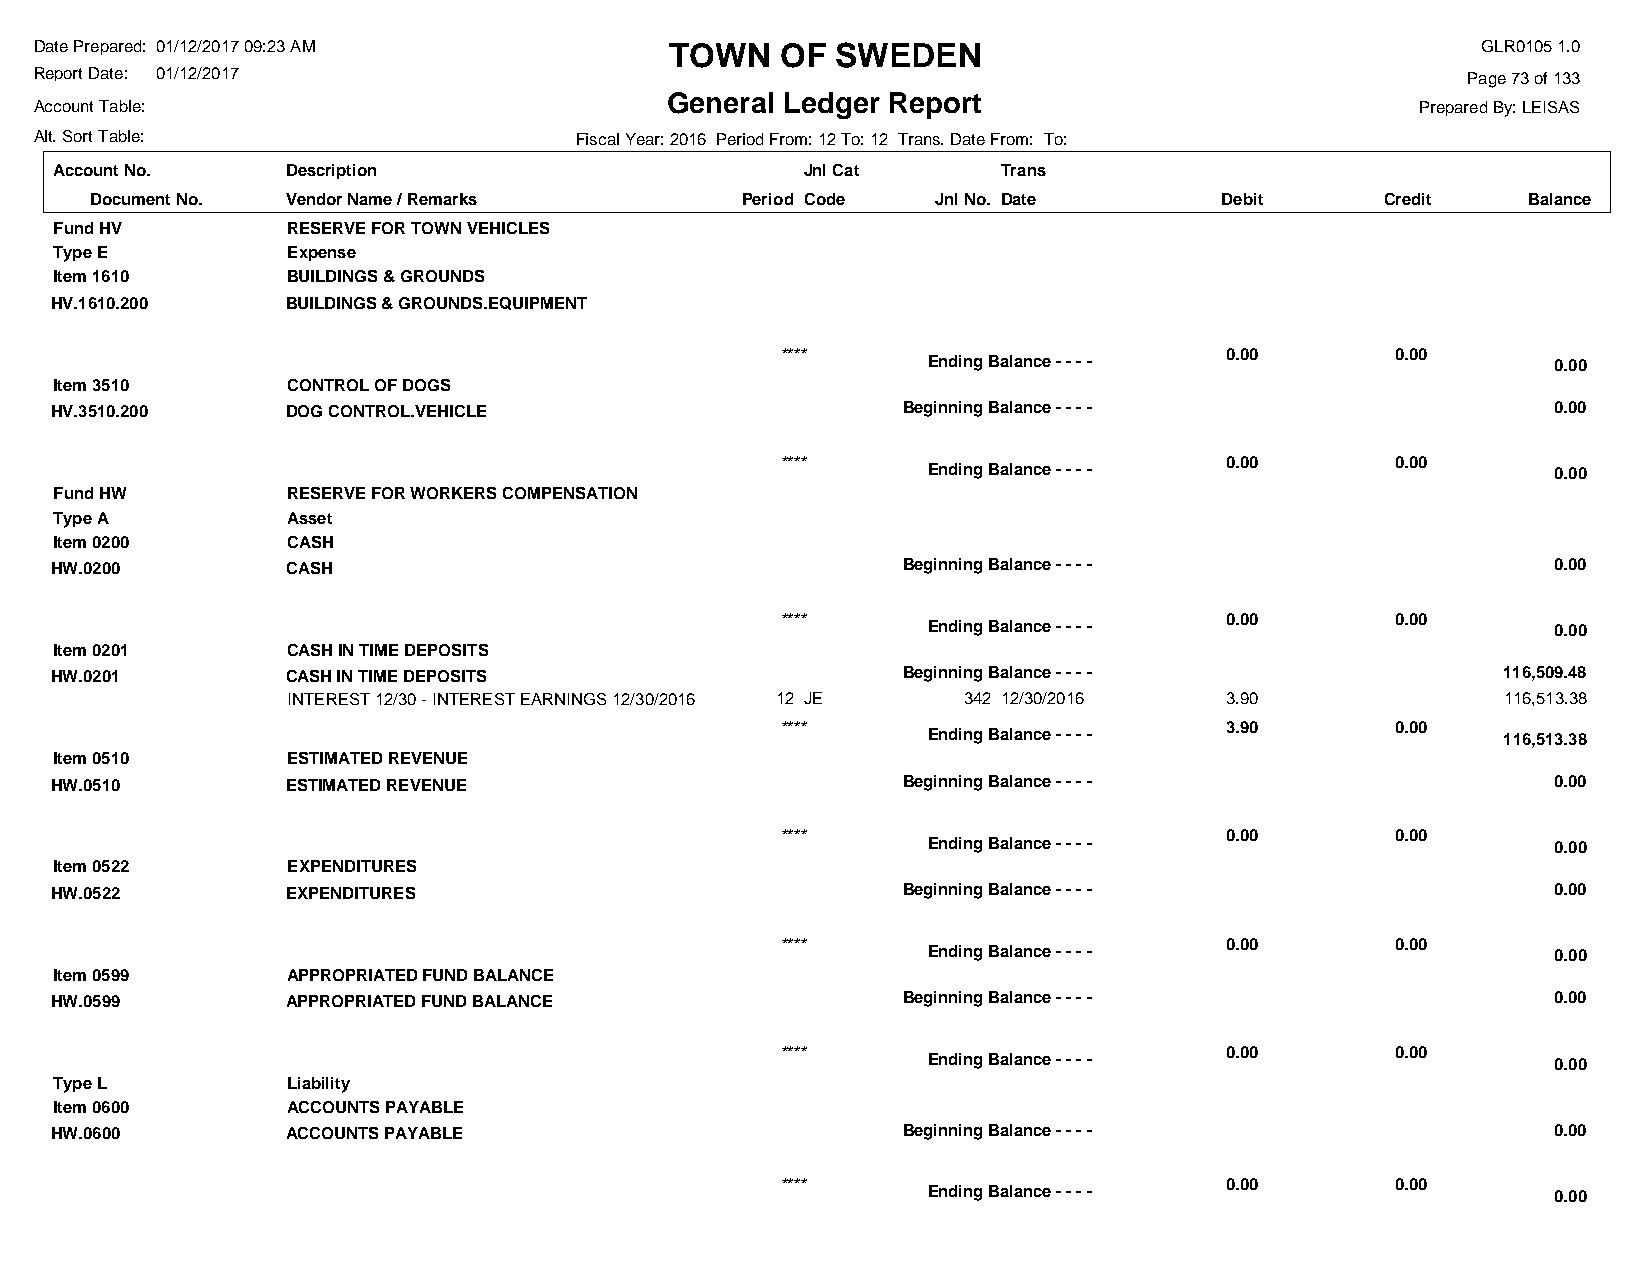
Date Prepared: 01/12/2017 09:23 AM        TOWN    OF SWEDEN                                     GLR0105 1.0
 Report Date: 01/12/2017                                                                        Page 73 of 133
 General Ledger Report
 Account Table:                                                                              Prepared By: LEISAS
 Alt. Sort Table:                    Fiscal Year: 2016 Period From: 12 To: 12 Trans. Date From: To:
 Account No.    Description                       Jnl Cat      Trans
 Document No. Vendor Name / Remarks         Period Code  Jnl No. Date       Debit      Credit   Balance
 Fund HV        RESERVE FOR TOWN VEHICLES
 Type E         Expense
 Item 1610      BUILDINGS & GROUNDS
 HV.1610.200     BUILDINGS & GROUNDS.EQUIPMENT
 ****                         0.00       0.00
 Ending Balance - - - -                    0.00
 Item 3510      CONTROL OF DOGS
 HV.3510.200     DOG CONTROL.VEHICLE                      Beginning Balance - - - -                  0.00
 ****                         0.00       0.00
 Ending Balance - - - -                    0.00
 Fund HW        RESERVE FOR WORKERS COMPENSATION
 Type A         Asset
 Item 0200      CASH
 HW.0200         CASH                                     Beginning Balance - - - -                  0.00
 ****                         0.00       0.00
 Ending Balance - - - -                    0.00
 Item 0201      CASH IN TIME DEPOSITS
 HW.0201         CASH IN TIME DEPOSITS                    Beginning Balance - - - -              116,509.48
 INTEREST 12/30 - INTEREST EARNINGS 12/30/2016 12 JE 342 12/30/2016 3.90         116,513.38
 ****                         3.90       0.00
 Ending Balance - - - -                116,513.38
 Item 0510      ESTIMATED REVENUE
 HW.0510         ESTIMATED REVENUE                        Beginning Balance - - - -                  0.00
 ****                         0.00       0.00
 Ending Balance - - - -                    0.00
 Item 0522      EXPENDITURES
 HW.0522         EXPENDITURES                             Beginning Balance - - - -                  0.00
 ****                         0.00       0.00
 Ending Balance - - - -                    0.00
 Item 0599      APPROPRIATED FUND BALANCE
 HW.0599         APPROPRIATED FUND BALANCE                Beginning Balance - - - -                  0.00
 ****                         0.00       0.00
 Ending Balance - - - -                    0.00
 Type L         Liability
 Item 0600      ACCOUNTS PAYABLE
 HW.0600         ACCOUNTS PAYABLE                         Beginning Balance - - - -                  0.00
 ****                         0.00       0.00
 Ending Balance - - - -                    0.00